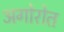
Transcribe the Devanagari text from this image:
अगोरोत